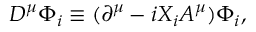
D ^ { \mu } \Phi _ { i } \equiv ( \partial ^ { \mu } - i X _ { i } A ^ { \mu } ) \Phi _ { i } ,